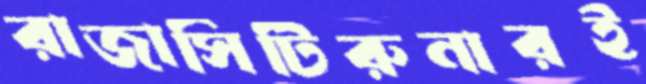
রাজাসিটিরুনারই